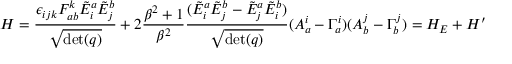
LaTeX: H = { \frac { \epsilon _ { i j k } F _ { a b } ^ { k } { \tilde { E } } _ { i } ^ { a } { \tilde { E } } _ { j } ^ { b } } { \sqrt { \operatorname* { d e t } ( q ) } } } + 2 { \frac { \beta ^ { 2 } + 1 } { \beta ^ { 2 } } } { \frac { ( { \tilde { E } } _ { i } ^ { a } { \tilde { E } } _ { j } ^ { b } - { \tilde { E } } _ { j } ^ { a } { \tilde { E } } _ { i } ^ { b } ) } { \sqrt { \operatorname* { d e t } ( q ) } } } ( A _ { a } ^ { i } - \Gamma _ { a } ^ { i } ) ( A _ { b } ^ { j } - \Gamma _ { b } ^ { j } ) = H _ { E } + H ^ { \prime }